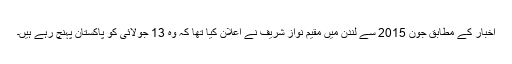
اخبار کے مطابق جون 2015 سے لندن میں مقیم نواز شریف نے اعلان کیا تھا کہ وہ 13 جولائی کو پاکستان پہنچ رہے ہیں۔